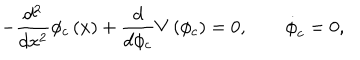
LaTeX: - \frac { d ^ { 2 } } { d x ^ { 2 } } \phi _ { c } \left( x \right) + \frac { d } { d \phi _ { c } } V \left( \phi _ { c } \right) = 0 , \qquad \dot { \phi } _ { c } = 0 ,